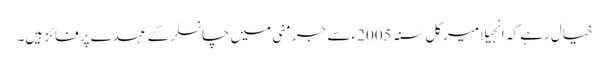
خیال رہے کہ انجیلا میرکل سنہ 2005ء سے جرمنی میں چانسلرکے عہدے پر فائز ہیں۔